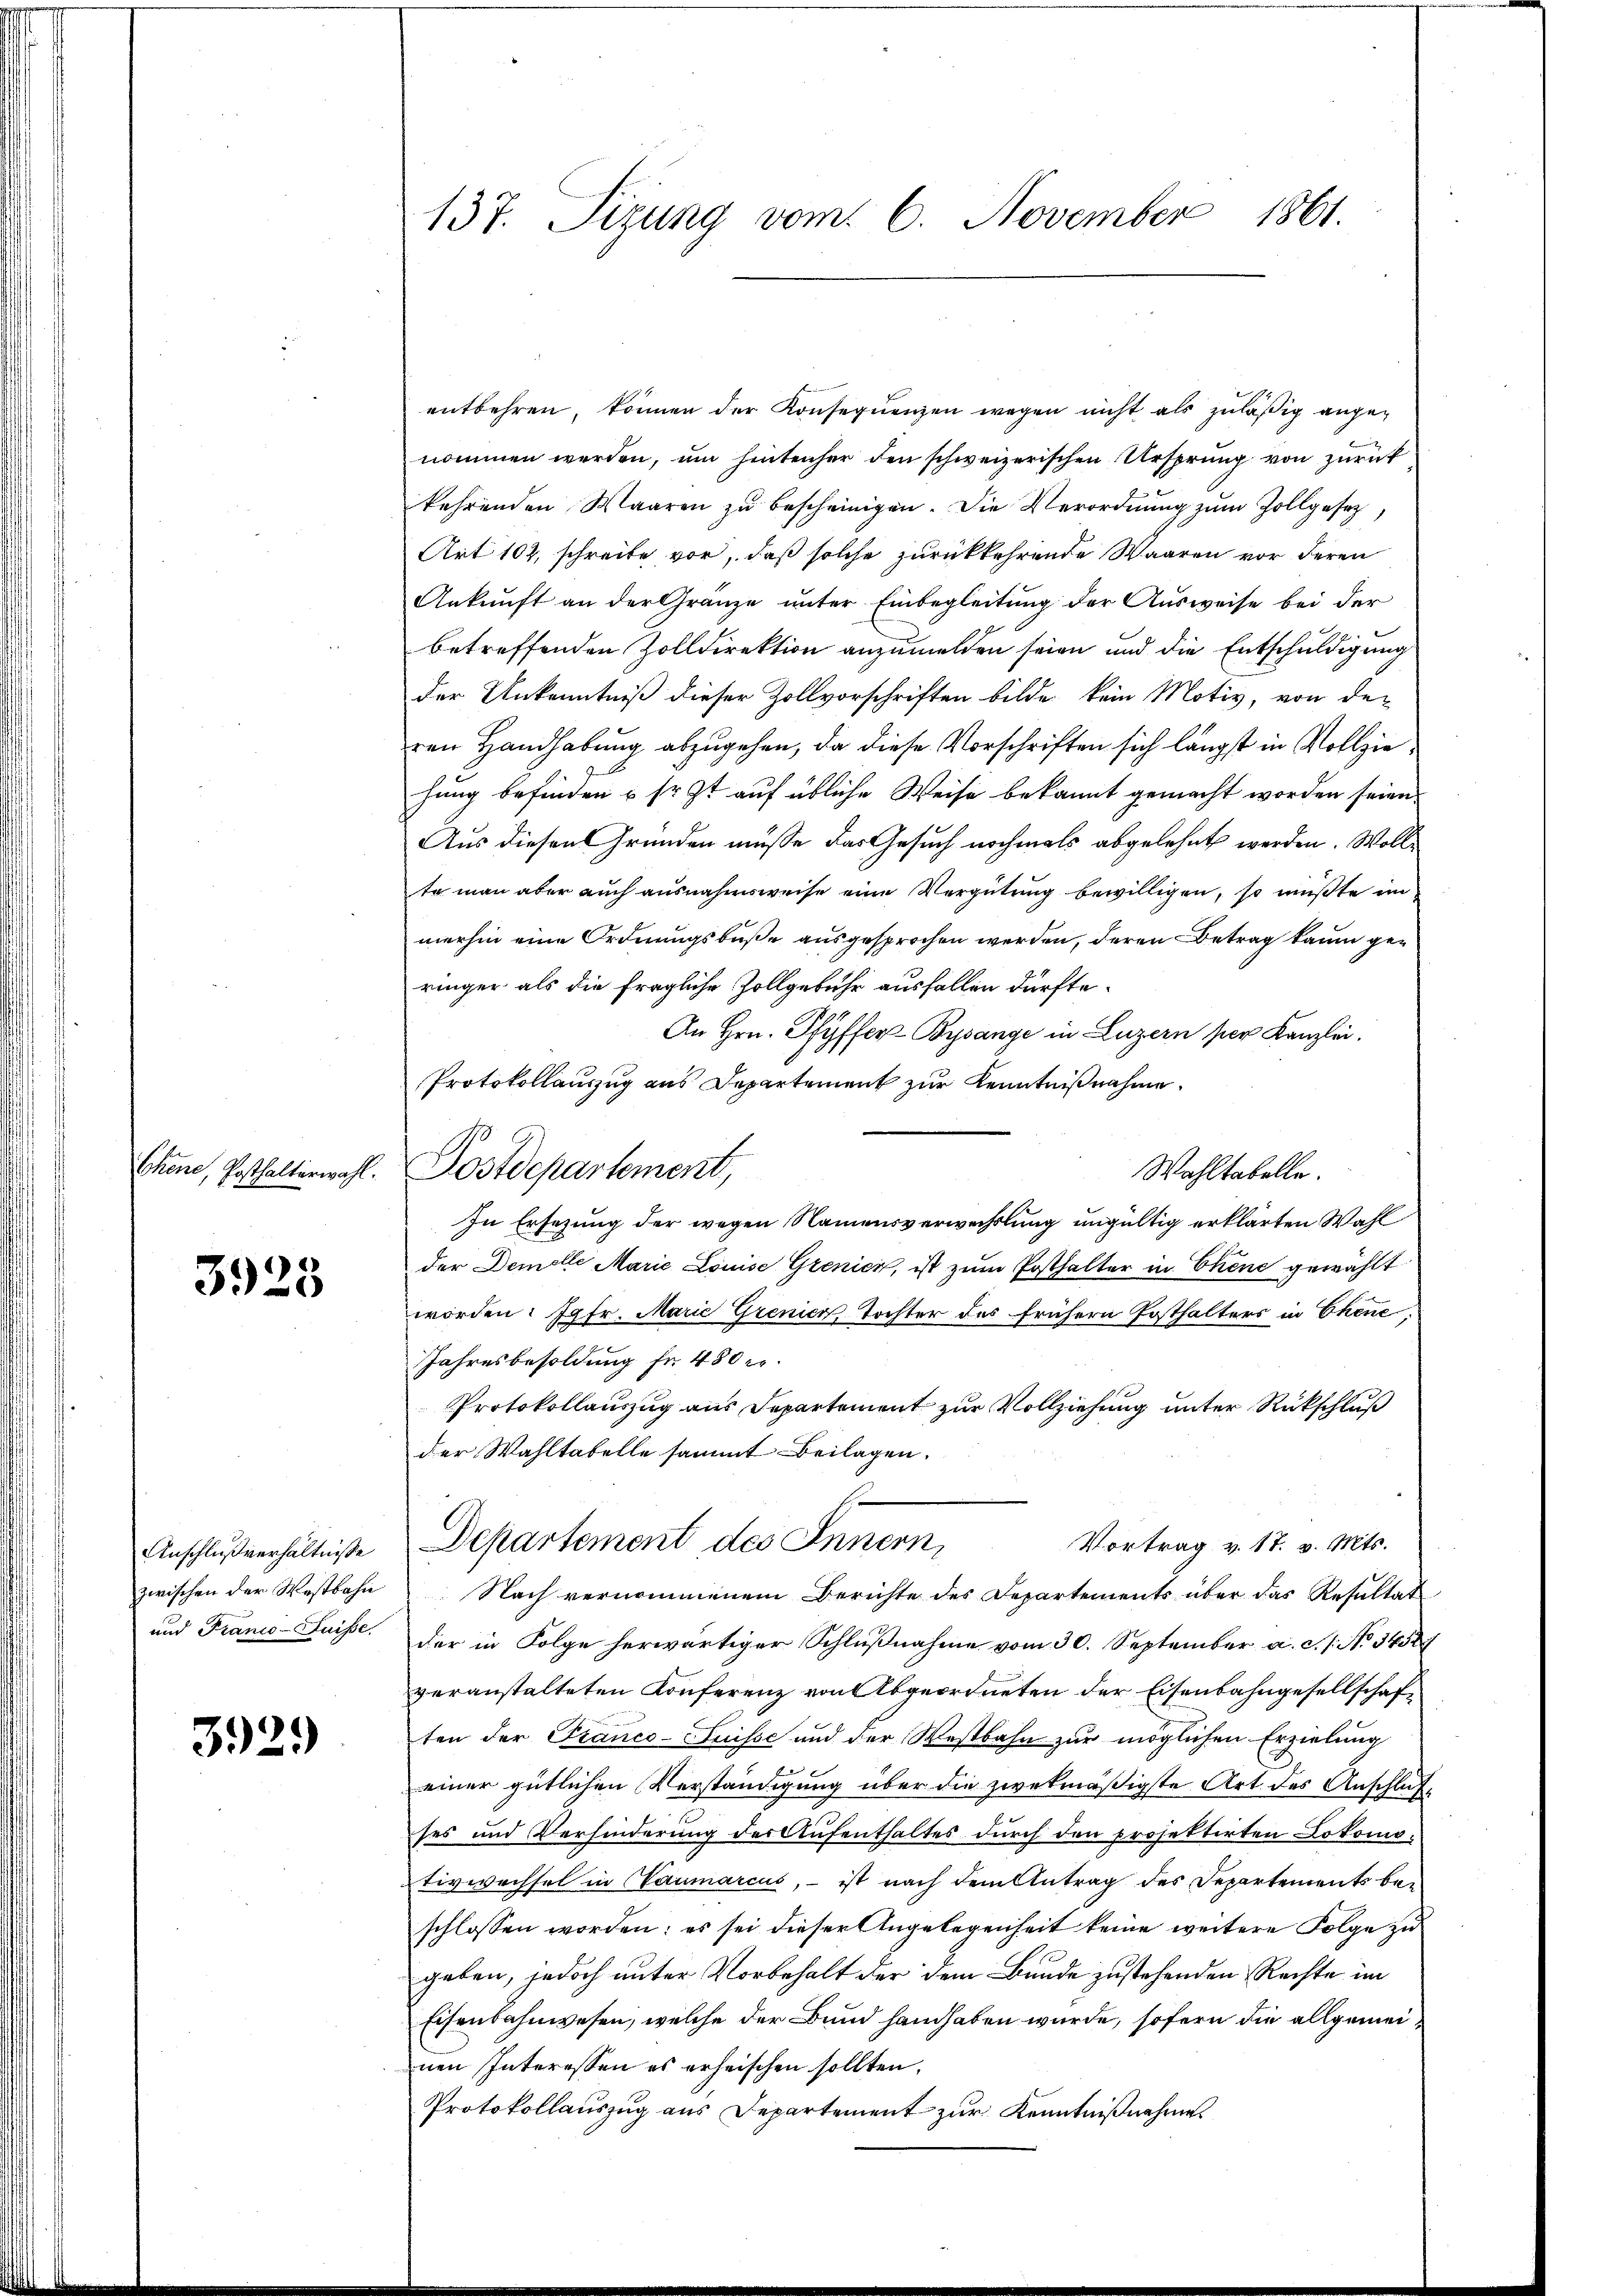
Chene, Posthalterwahl.

3923

Anschlußverhältnisse
zwischen der Wostbahn
und Franco-Suisse

3929

137. Sizung vom 6. November 1861.

entbehren, können der Konsequenzen wegen nicht als zuläßig angenommen werden, um hintenher den schweizerischen Ursprung von zurück
kehrenden Waaren zu bescheinigen. Die Verordnung zŭm Zollgesetz,
Art 102, schreibe vor, daß solche zurückkehrende Waaren vor deren
Ankunft an der Gränze unter Einbegleitung der Ausweise bei der
betreffenden Zolldirektion anzumelden seien und die Entschuldigung
der Unkenntniß dieser Zollvorschriften bilde kein Motiv, von der
ren Handhabung abzugehen, da diese Vorschriften sich längst in Vollziehung befinden u Erst auf übliche Weise bekannt gemacht worden seien.
Aus diesen Gründen müsse das Gesuch nochmals abgelehnt werden. Wolle
te man aber auch ausnahmsweise eine Vergütung bewilligen, so müßte im
merhin eine Ordnungsbuße ausgesprochen werden, deren Betrag kaum geringer als die fragliche Zollgebühr ausfallen dürfte.
An Hrn. Pfyffer Bysange in Luzern per Kanzlei.
Protokollauszug aus Departement zur Kenntnißnahme.
Wahltabelle.
In Ersezung der wegen Namensverwechslung ungültig erklärten Wahl
der Demolle Marie Louise Grenier, ist zum Posthalter in Chene gewählt
worden: Jgfr. Marie Grenico, Tochter des frühern Ersthalters in Ehene
Jahresbesoldung fr. 480 kr.
Protokollauszug aus Departement zur Vollziehung unter Rückschluß
der Wahltabelle sammt Beilagen.
Departement des Innern,
Vortrag v. 17. v. Mts.
Nach vernommenem Berichte des Departements über das Resultat
der in Folge herwärtiger Schlußnahme vom 30. September a. c. s. No 3452
veranstalteten Konferenz von Abgeordneten der Eisenbahngesellschaften der Franco-Suisse und der Westbahn zur möglichen Erzielung
einer gütlichen Verständigung über die zwekmäßigste Art des Anschlußses und Verhinderung der Aufenthaltes durch den projektirten Lokomotivwechsel in Haumarcus, – ist nach dem Antrag des Departements beschlossen worden; es sei dieser Angelegenheit keine weitere Folge zu
geben, jedoch unter Vorbehalt der dem Baude zustehenden Rechte im
Eisenbahnwesen, welche der Bund handhaben würde, sofern die allgemeinen Interessen es erheischen sollten,
Protokollauszug aus Departement zur Kenntnißnahme

Postdepartement,